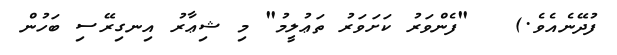
ފުދޭނެއެވެ.)   "ފެންވަރު ކަށަވަރު ތަޢުލީމު" މި ޝިޢާރު އިނގިރޭސި ބަހުން